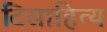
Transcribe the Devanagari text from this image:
दिसाहित्य